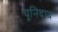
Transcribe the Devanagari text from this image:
यूनिदाद